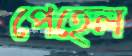
পেহেল